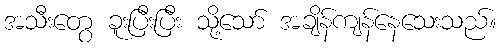
အသီးတွေ ခူးပြီးပြီး သို့သော် အချိန်ကျန်နေသေးသည်။